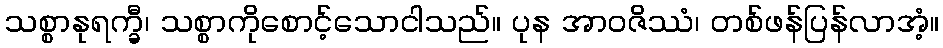
သစ္စာနုရက္ခီ၊ သစ္စာကိုစောင့်သောငါသည်။ ပုန အာဝဇိဿံ၊ တစ်ဖန်ပြန်လာအံ့။